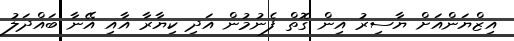
އިޒްޔަންއަށް ޔާސިރު އިން ގޮތް ފެނުމުން އަދި ކިޔާރާ އާއި އޭނާ ބައްދަލު